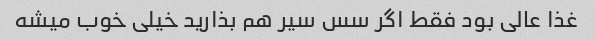
غذا عالی بود فقط اگر سس سیر هم بذارید خیلی خوب میشه